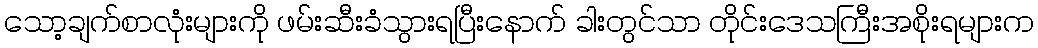
သော့ချက်စာလုံးများကို ဖမ်းဆီးခံသွားရပြီးနောက် ခါးတွင်သာ တိုင်းဒေသကြီးအစိုးရများက